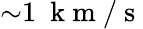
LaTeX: {\displaystyle\sim}1~\mathrm{~k~m~}/\mathrm{~s~}